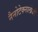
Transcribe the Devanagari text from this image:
नैनोटेक्नालोजी